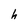
Character: h